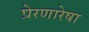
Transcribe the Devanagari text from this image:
प्रेरणारेषा